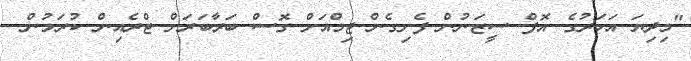
"މިދިޔަ އަހަރުގެ އޮފް ސީޒަނުން ފެށިގެން ޖިމްއަށް ގޮސް ބަރާބަރަށް ޓްރެއިން ކުރަމުން.